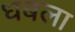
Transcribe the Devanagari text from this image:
धबला